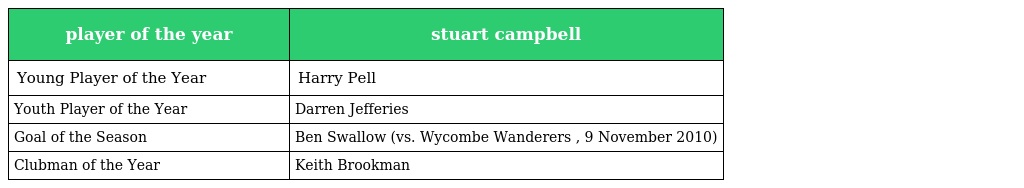
| player of the year | stuart campbell |
 | --- | --- |
 | Young Player of the Year | Harry Pell |
 | Youth Player of the Year | Darren Jefferies |
 | Goal of the Season | Ben Swallow (vs. Wycombe Wanderers , 9 November 2010) |
 | Clubman of the Year | Keith Brookman |